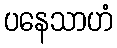
ပနေသာဟံ